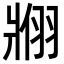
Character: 𬌇